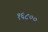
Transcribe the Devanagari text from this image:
१६८००